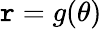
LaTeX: \mathtt{r}=g(\theta)